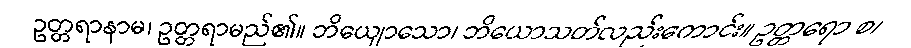
ဥတ္တရာနာမ၊ ဥတ္တရာမည်၏။ ဘိယျောသော၊ ဘိယောသတ်လည်းကောင်း။ ဥတ္တရော စ၊